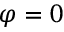
\varphi = 0